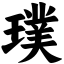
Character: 璞